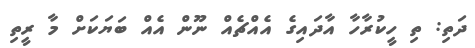
ދަތި: ތި ހީކުރާހާ އާދައިގެ އެއްޗެއް ނޫން އެއް ބަޔަކަށް މާ ރީތި